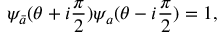
\psi _ { \bar { a } } ( \theta + i \frac { \pi } { 2 } ) \psi _ { a } ( \theta - i \frac { \pi } { 2 } ) = 1 ,